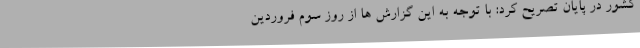
کشور در پایان تصریح کرد: با توجه به این گزارش ها از روز سوم فروردین